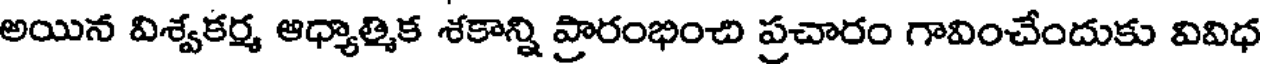
అయిన విశ్వకర్మ ఆధ్యాత్మిక శకాన్ని ప్రారంభించి ప్రచారం గావించేందుకు వివిధ